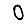
Digit: 0